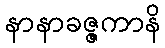
နာနာခဇ္ဇကာနိ